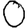
Digit: 0